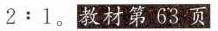
2:1。教材第63页